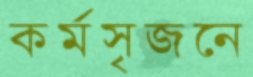
কর্মসৃজনে